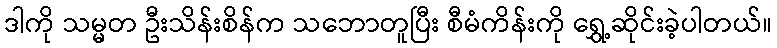
ဒါကို သမ္မတ ဦးသိန်းစိန်က သဘောတူပြီး စီမံကိန်းကို ရွှေ့ဆိုင်းခဲ့ပါတယ်။